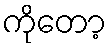
ကိုတော့